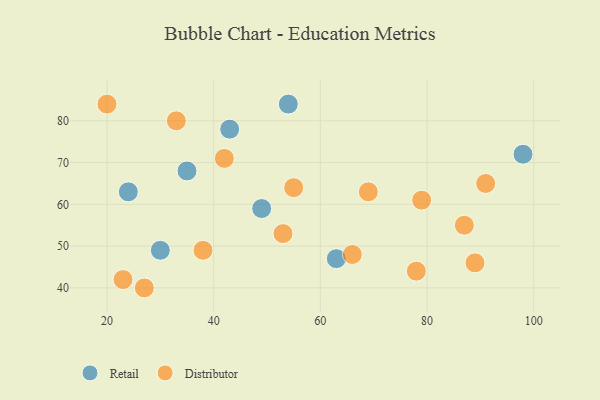
{"axis": {"x": "GDP", "y": "Life Expectancy"}, "legend": ["Distributor", "Retail"], "data": [{"x": "49", "y": 59, "type": "Retail"}, {"x": "63", "y": 47, "type": "Retail"}, {"x": "43", "y": 78, "type": "Retail"}, {"x": "24", "y": 63, "type": "Retail"}, {"x": "35", "y": 68, "type": "Retail"}, {"x": "54", "y": 84, "type": "Retail"}, {"x": "30", "y": 49, "type": "Retail"}, {"x": "98", "y": 72, "type": "Retail"}, {"x": "23", "y": 42, "type": "Distributor"}, {"x": "38", "y": 49, "type": "Distributor"}, {"x": "20", "y": 84, "type": "Distributor"}, {"x": "78", "y": 44, "type": "Distributor"}, {"x": "53", "y": 53, "type": "Distributor"}, {"x": "55", "y": 64, "type": "Distributor"}, {"x": "66", "y": 48, "type": "Distributor"}, {"x": "91", "y": 65, "type": "Distributor"}, {"x": "42", "y": 71, "type": "Distributor"}, {"x": "27", "y": 40, "type": "Distributor"}, {"x": "33", "y": 80, "type": "Distributor"}, {"x": "87", "y": 55, "type": "Distributor"}, {"x": "69", "y": 63, "type": "Distributor"}, {"x": "89", "y": 46, "type": "Distributor"}, {"x": "79", "y": 61, "type": "Distributor"}]}